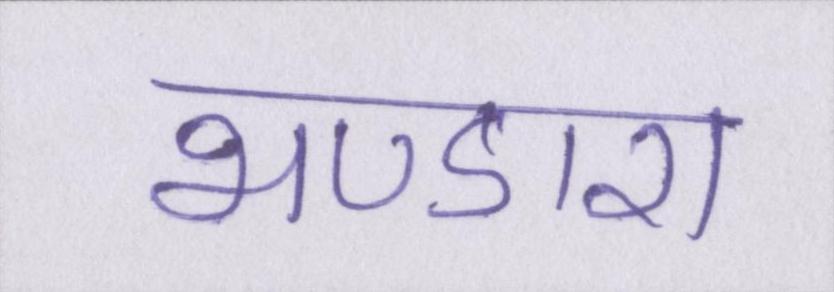
भण्डारा